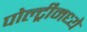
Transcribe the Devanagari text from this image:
पोल्ट्रीमध्ये